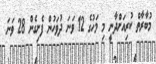
މުބާރާތް ކުރިއަށްދާނީ މި މަހުގެ 12 ވަނަ ދުވަހުން ފެށިގެން 28 ވަނަ